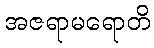
အဇရာမရောတိ